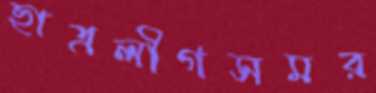
ছাত্রলীগসমর